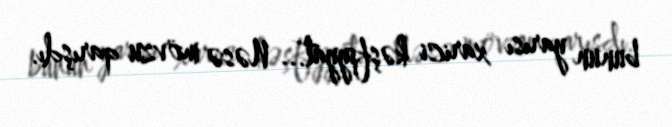
bunun yarısı xarici kəşfiyyat... Nəsə mövzu qarışdı.